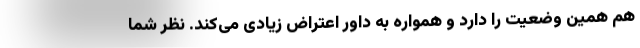
هم همین وضعیت را دارد و همواره به داور اعتراض زیادی می‌کند. نظر شما